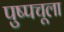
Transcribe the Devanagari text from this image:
पुष्पचूला